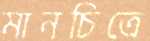
মানচিত্রে